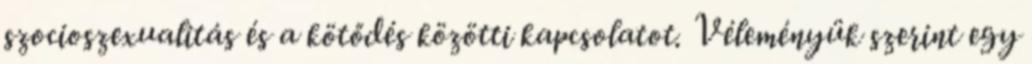
szocioszexualitás és a kötődés közötti kapcsolatot. Véleményük szerint egy